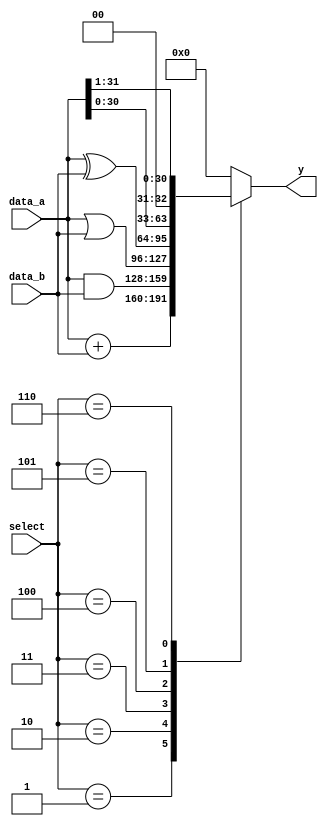
module ALU  // ARITHMETIC UNIT

#(
	parameter WIDTH = 32
)
(
	input		[WIDTH-1: 0]	data_a, data_b,
	input		[2: 0]	select,
	output reg [WIDTH-1: 0] y
);		 


always @ (*)
begin
y = 32'b0;
case (select)
//6'b00000_0:	y = a;
//6'b00000_1:	y = a + 1'b1;
3'b001:	y = data_a + data_b;
//6'b00001_1:	y = a + b + 1'b1;
//6'b00010_0:	y = a + ~b;
//6'b00010_1:	y = a + (~b) + 1'b1;
//6'b00011_0:	y = a - 1'b1;
//6'b00011_1:	y = b;
3'b010:	y = data_a & data_b;
3'b011:	y = data_a | data_b;
3'b100: y = data_a ^ data_b;
//6'b00111_0:	y = ~a;
3'b101:	y = data_a << 1;
3'b110:	y = data_a >> 1;			// 16
3'b111:	y = 0;            // 24
default:		y = 4'b0;
endcase
end
endmodule